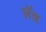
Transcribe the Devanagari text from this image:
लॅन्न